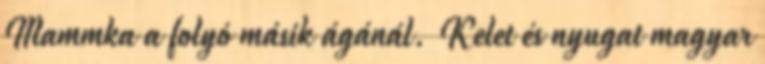
Mammka a folyó másik ágánál. Kelet és nyugat magyar